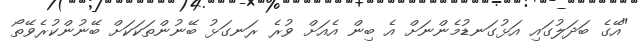
"އޭގެ ބަދަލުގައި އަޅުގަނޑުމެންނަށް އެ ބިން އެއަށް ވުރެ ރަނގަޅު ބޭނުންތަކަކަށް ބޭނުންކުރެވޭތޯ